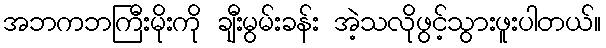
အဘကဘကြီးမိုးကို ချီးမွမ်းခန်း အဲ့သလိုဖွင့်သွားဖူးပါတယ်။